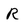
Character: R